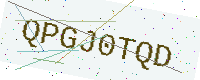
Text: QPGJ0TQD